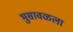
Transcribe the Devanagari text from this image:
भुसावळला